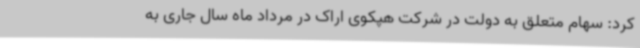
کرد: سهام متعلق به دولت در شرکت هپکوی اراک در مرداد ماه سال جاری به